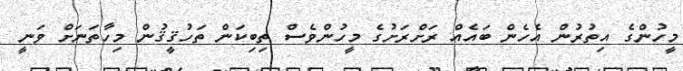
މީހުންގެ އިތުރުން އެހެން ބައެއް ރަށްރަށުގެ މީހުންވެސް ތިބިކަން ތަހުޤީޤުން މިހާތަނަށް ވަނީ